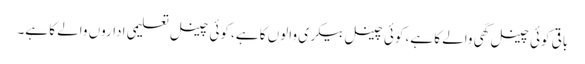
باقی کوئی چینل گھی والے کا ہے، کوئی چینل بیکری والوں کا ہے، کوئی چینل تعلیمی اداروں والے کا ہے۔